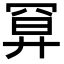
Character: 𢍔